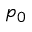
p _ { 0 }